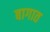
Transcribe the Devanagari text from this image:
बागात